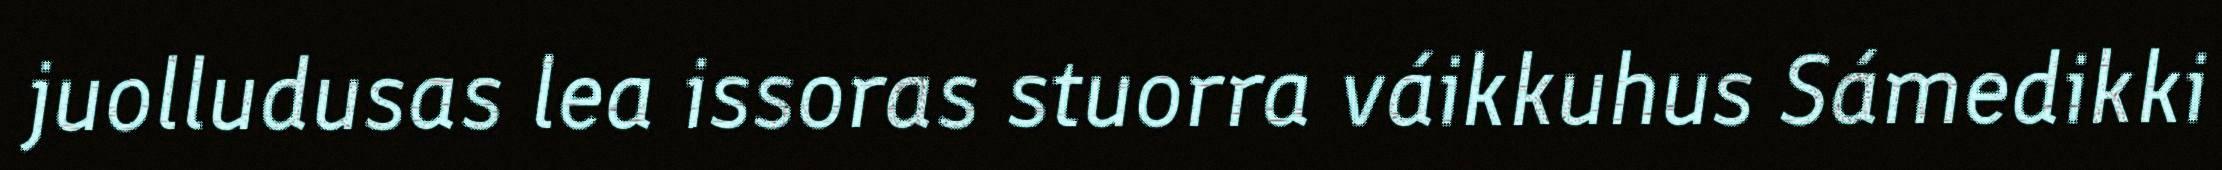
juolludusas lea issoras stuorra váikkuhus Sámedikki